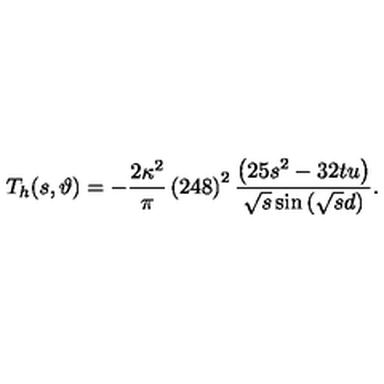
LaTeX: T _ { h } ( s , \vartheta ) = - \frac { 2 \kappa ^ { 2 } } { \pi } \left( 2 4 8 \right) ^ { 2 } \frac { \left( 2 5 s ^ { 2 } - 3 2 t u \right) } { \sqrt { s } \sin \left( \sqrt { s } d \right) } .